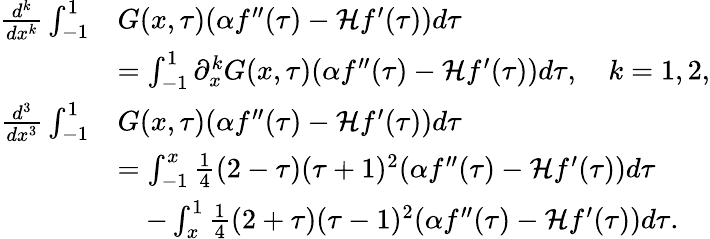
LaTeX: \begin{array}{rl}{\frac{d^{k}}{dx^{k}}\int_{-1}^{1}}&{G(x,\tau)(\alpha f^{\prime\prime}(\tau)-\mathcal Hf^{\prime}(\tau))d\tau}\\ &{=\int_{-1}^{1}\partial_{x}^{k}G(x,\tau)(\alpha f^{\prime\prime}(\tau)-\mathcal Hf^{\prime}(\tau))d\tau,\quad k=1,2,}\\ {\frac{d^{3}}{dx^{3}}\int_{-1}^{1}}&{G(x,\tau)(\alpha f^{\prime\prime}(\tau)-\mathcal Hf^{\prime}(\tau))d\tau}\\ &{=\int_{-1}^{x}\frac{1}{4}(2-\tau)(\tau+1)^{2}(\alpha f^{\prime\prime}(\tau)-\mathcal Hf^{\prime}(\tau))d\tau}\\ &{\quad-\int_{x}^{1}\frac{1}{4}(2+\tau)(\tau-1)^{2}(\alpha f^{\prime\prime}(\tau)-\mathcal Hf^{\prime}(\tau))d\tau.}\end{array}